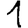
Digit: 1